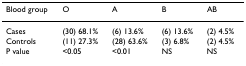
<table><thead><tr><td><b>Blood group</b></td><td><b>O</b></td><td><b>A</b></td><td><b>B</b></td><td><b>AB</b></td></tr></thead><tbody><tr><td>Cases</td><td>(30) 68.1%</td><td>(6) 13.6%</td><td>(6) 13.6%</td><td>(2) 4.5%</td></tr><tr><td>Controls</td><td>(11) 27.3%</td><td>(28) 63.6%</td><td>(3) 6.8%</td><td>(2) 4.5%</td></tr><tr><td>P value</td><td>&lt;0.05</td><td>&lt;0.01</td><td>NS</td><td>NS</td></tr></tbody></table>